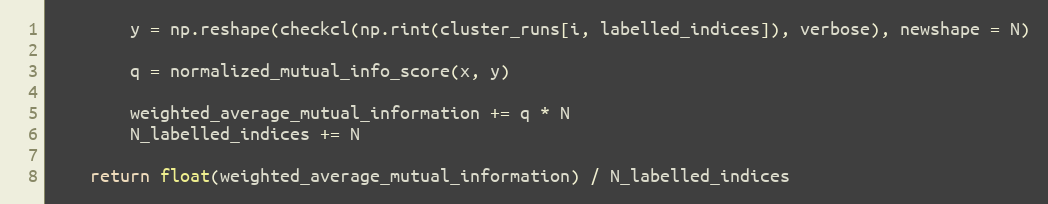
Language: Python
        y = np.reshape(checkcl(np.rint(cluster_runs[i, labelled_indices]), verbose), newshape = N)

        q = normalized_mutual_info_score(x, y)

        weighted_average_mutual_information += q * N
        N_labelled_indices += N

    return float(weighted_average_mutual_information) / N_labelled_indices